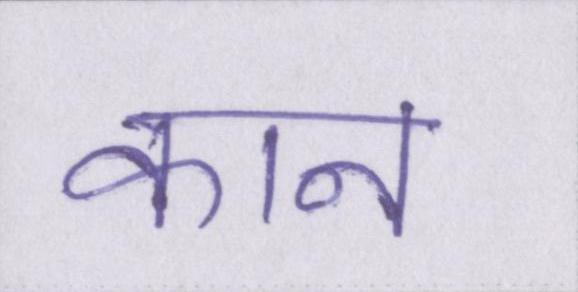
कान